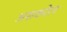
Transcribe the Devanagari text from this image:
असकोल